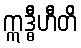
ဣဒ္ဓီဟီတိ